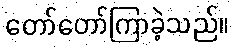
တော်တော်ကြာခဲ့သည်။